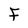
Character: f